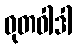
ဓုတဝါဒါ